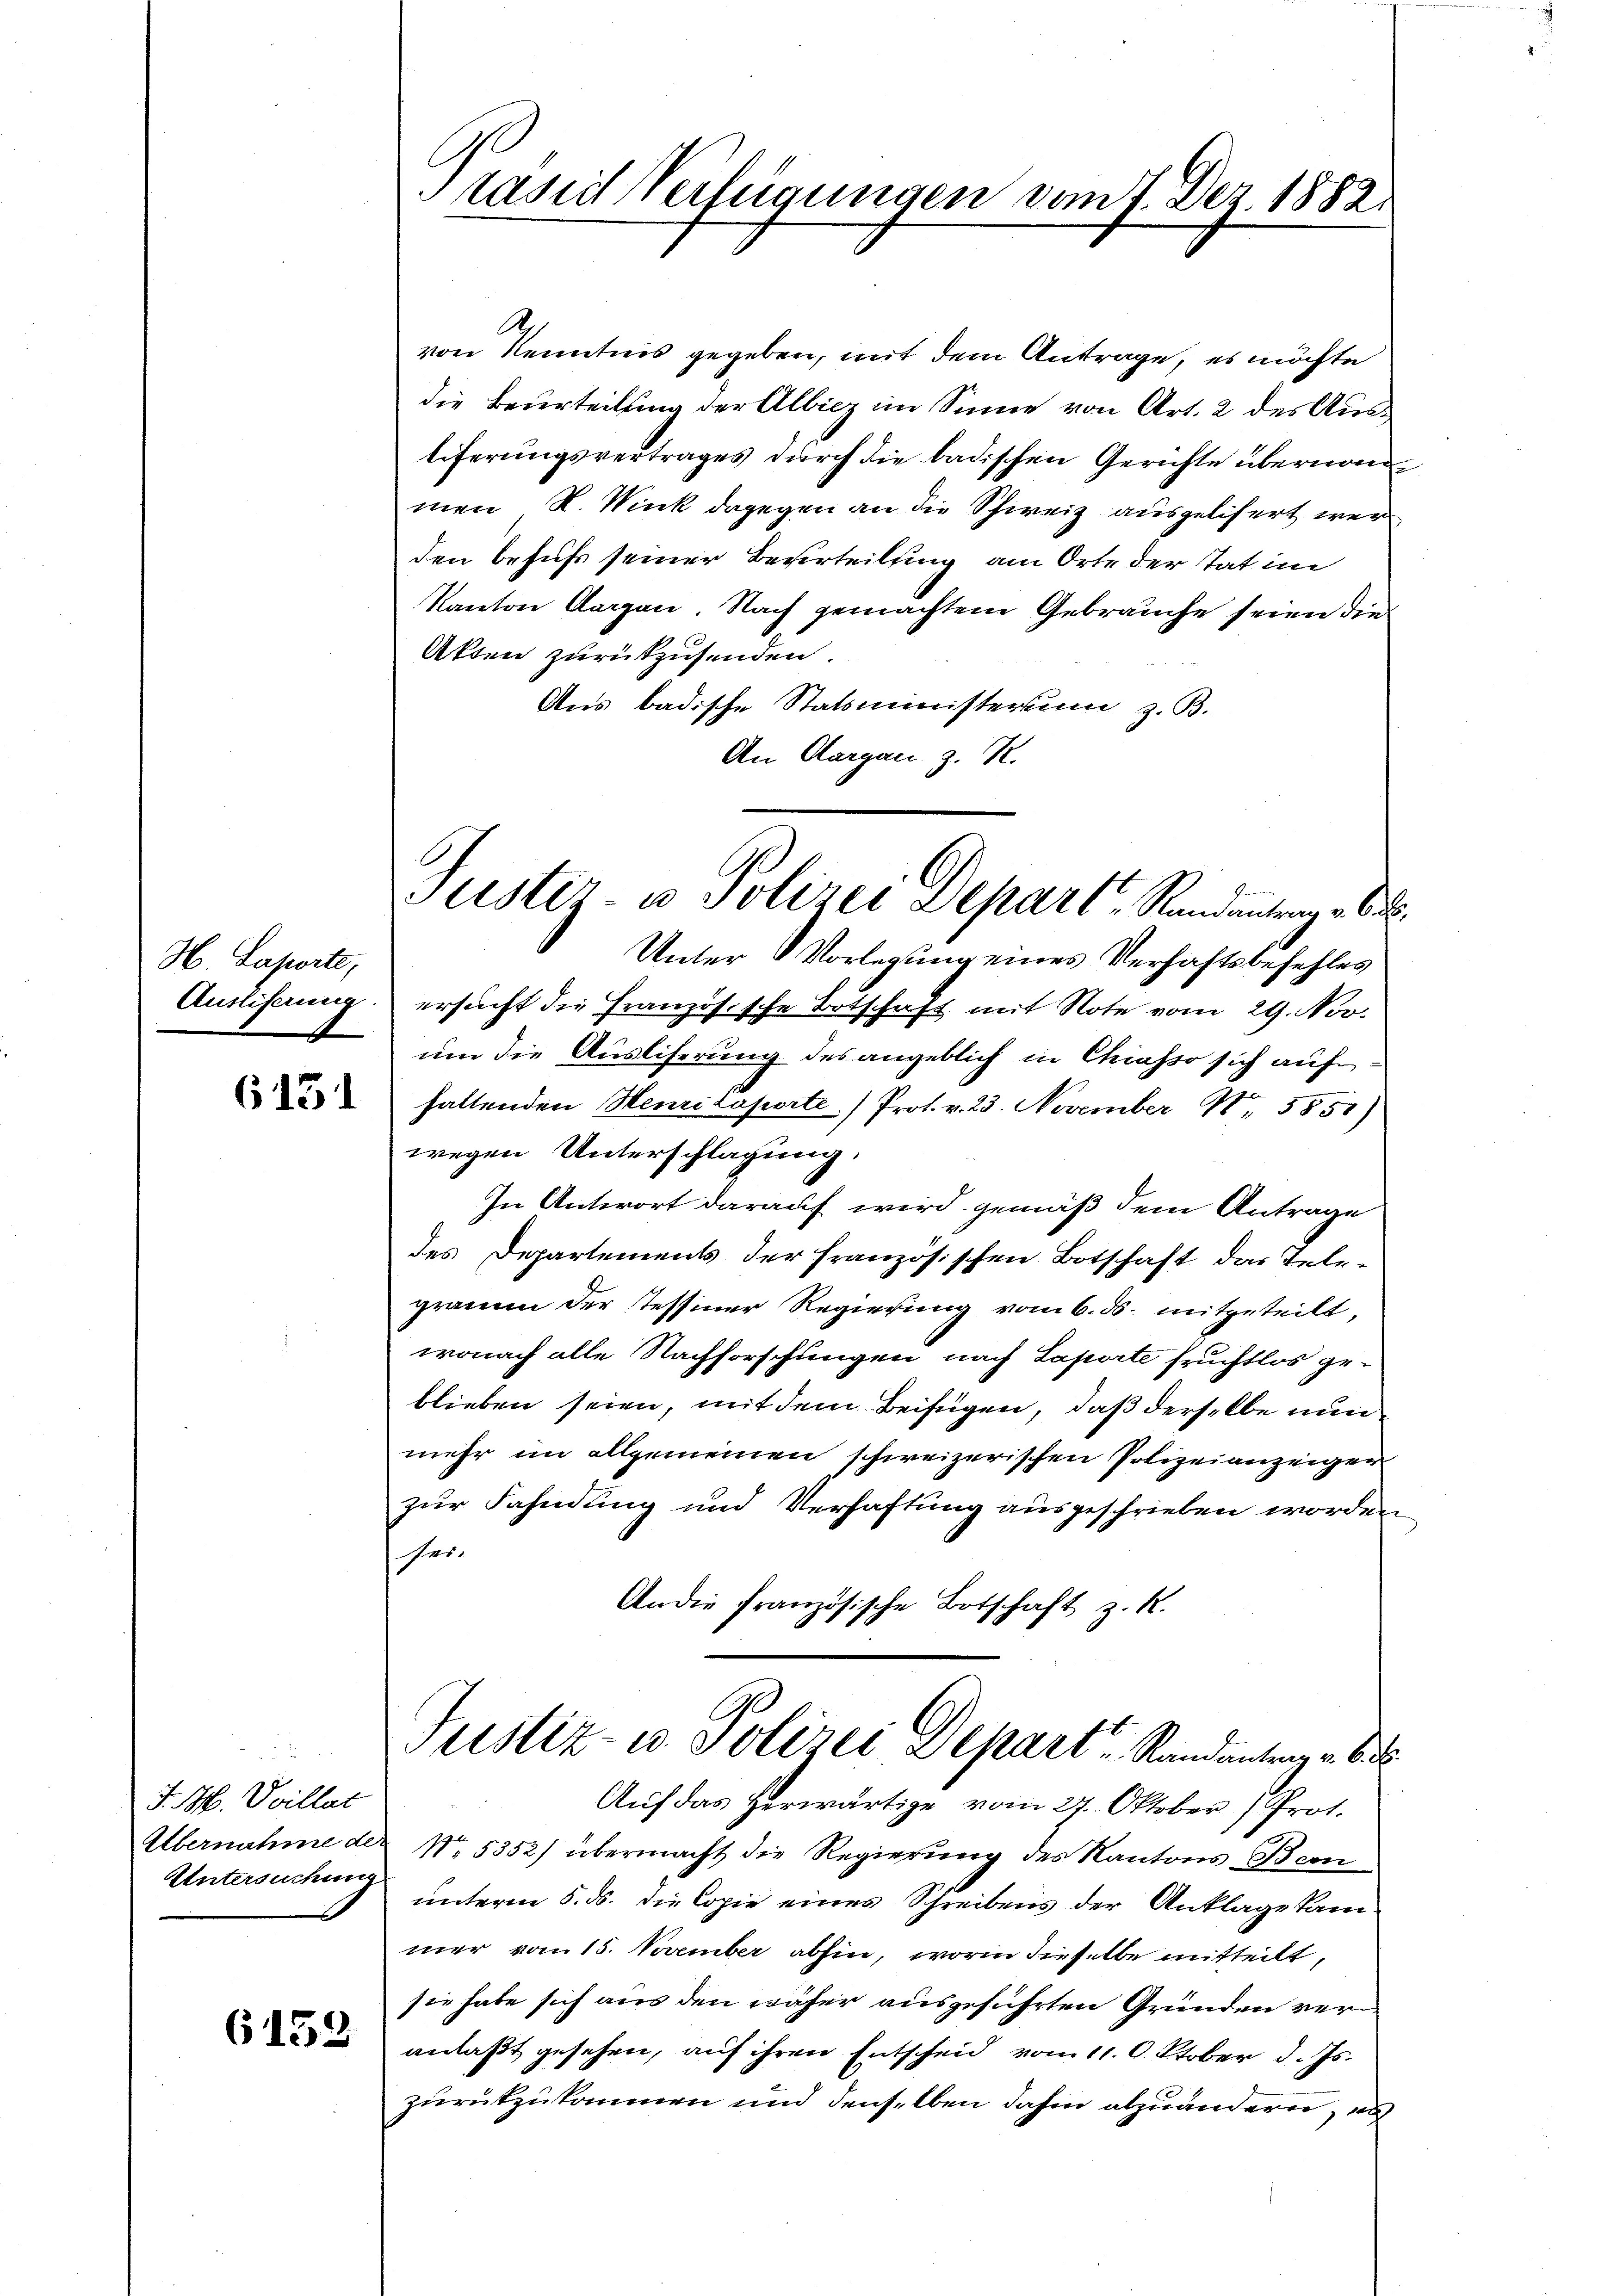
H. Laporte,
Auslieferung.

613

J. M. Vvillat
Untersuchung

6152

tasieh Verfügungen vom 7. Dez. 1882

.
von Kenntnis gegeben, mit dem Antrage, es möchte
die Beurteilung der Albicz im Sinne von Art. 2 des Ausliferungsvertrages durch die badischen Gerichte übernommen R. Wink dagegen an die Schweiz ausgelisert werden befuhr seiner Beurteilung am Orte der tat im
Kanton Aargau. Nach gemachtem Gebrauche seien die
Akten zurückzusenden.
Aus badische Statsministerium z. B.
An Aargau, z. R.
Unter Vorlegung eines Verhaftsbefehles
ersucht die Französische Botschaft mit Note vom 29. Nov.
um die Auslieferung des angeblich in Chiasso sich aufhaltenden Henrilapierte Prot. v. 23. November 1. 5851)
wegen Unterschlagung:
In Antwort darauf wird gemäß dem Antrage
des Departements der Französischen Botschaft das Telegramm der Tessiner Regierung vom 6. ds. mitgeteilt,
wonach alle Nachforschungen nach Laporte Fruchtlos geblieben seien, mit dem Beifügen, daß derselbe nun
mehr im allgemeinen schweizerischen Polizeianzeiger
zur Fahndung und Verhaftung ausgeschrieben worden
ses.
An die Französische Botschaft z. R.
Justiz- u. Polizei Depart Randantrag u. Bd.
Auf das herwärtige vom 27. Oktober (Prot.
Übernahme der No. 5352) übermacht die Regierung des Kantons-Bern
unterm 5. ds. die Copie eines Schreibens der Anklage kam
mer vom 15. November abhin, worin dieselbe mitteilt,
sie habe sich aus den näher ausgeführten Gründen veranlaßt gesehen, auf ihren Entscheid vom 11. Oktober d. Js.
zurückzukommen und denselben dahin abzuändern, es

Justiz- u Polizei Separt, Randantrag v. 6.